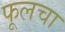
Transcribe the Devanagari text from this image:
फूलचा